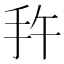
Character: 𭠕